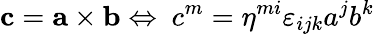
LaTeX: \mathbf{c}=\mathbf{a\times b}\Leftrightarrow\ c^{m}=\eta^{mi}\varepsilon_{ijk}a^{j}b^{k}